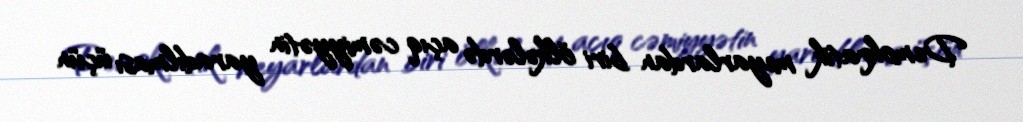
Demokratik meyarlardan biri ölkələrdə açıq cəmiyyətin yaradılması üçün